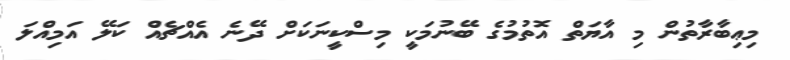
މިޢިބާރާތުން މި އާޔަތް އޮތުމުގެ ބޭނުމަކީ މިސްކީނަކަށް ދޭނެ އެއްޗެއް ކަލޭ އަމިއްލަ